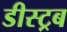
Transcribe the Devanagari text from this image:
डीस्ट्रब